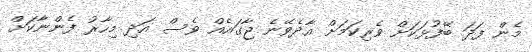
މެން ފަދަ ބޭފުޅަކަށް ވެރިކަމަށް އާދެވޭނެ ޖާގައެއް ވެސް އަދި މިހާރު ފެންނާކަށް